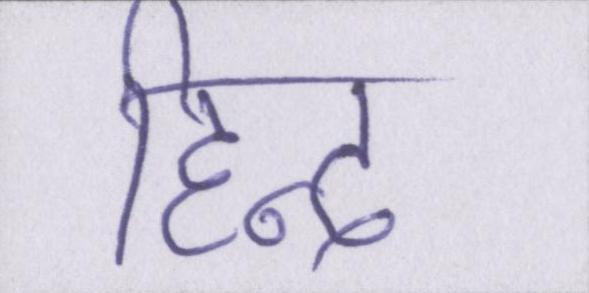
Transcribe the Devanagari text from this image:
हिन्द